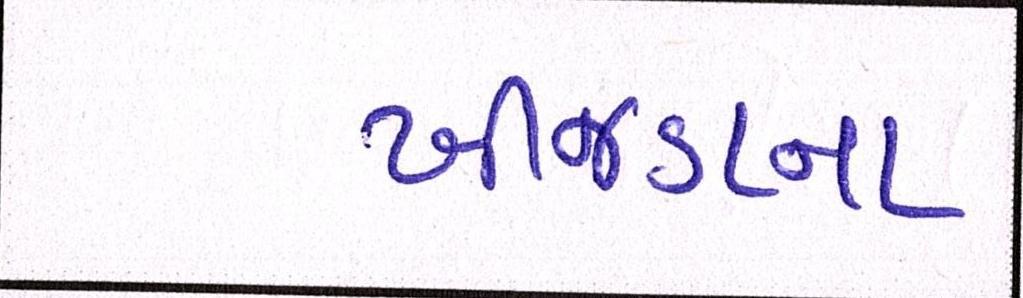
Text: ખીજડાના